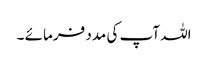
اللہ آپ کی مدد فرمائے ۔